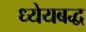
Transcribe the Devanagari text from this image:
ध्येयबद्ध